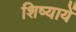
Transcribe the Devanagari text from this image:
शिष्यायें